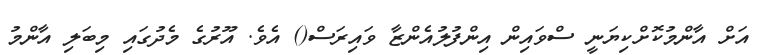
އަށް އާންމުކޮށްކިޔަނީ ސްވައިން އިންފުލުއެންޒާ ވައިރަސް() އެވެ. އޫރުގެ މެދުގައި މިބަލި އާންމު